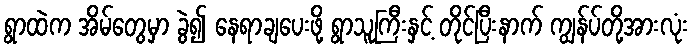
ရွာထဲက အိမ်တွေမှာ ခွဲ၍ နေရာချပေးဖို့ ရွာသူကြီးနှင့် တိုင်ပြီးနာက် ကျွန်ပ်တို့အားလုံး